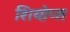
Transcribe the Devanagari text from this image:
शियोप्‍स